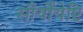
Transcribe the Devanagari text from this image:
सौर्योयेष्टि